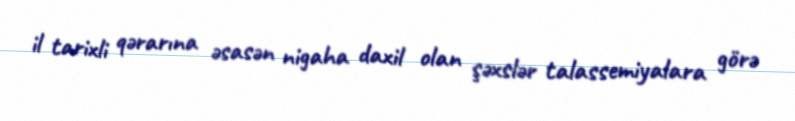
il tarixli qərarına əsasən nigaha daxil olan şəxslər talassemiyalara görə